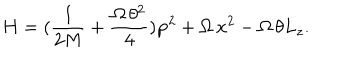
LaTeX: H = ( \frac { 1 } { 2 M } + \frac { \Omega \, \theta ^ { 2 } } { 4 } ) { \bf p } ^ { 2 } + \Omega \, { \bf x } ^ { 2 } - \Omega \, \theta L _ { z } .